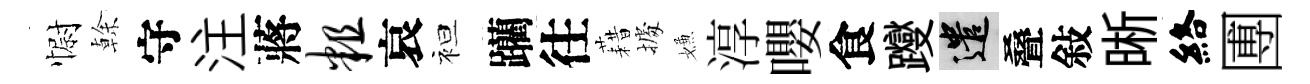
𢠢𠏉守注蔣粗哀袒躪往藉𢴃嫌淳嚶食躞遣叠敍晰絡圑